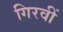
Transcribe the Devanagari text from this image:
गिरवीं